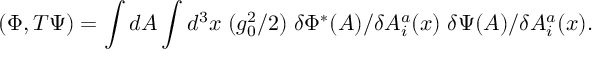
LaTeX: ( \Phi , T \Psi ) = \int d A \int d ^ { 3 } x \; ( g _ { 0 } ^ { 2 } / 2 ) \; \delta \Phi ^ { * } ( A ) / \delta A _ { i } ^ { a } ( x ) \; \delta \Psi ( A ) / \delta A _ { i } ^ { a } ( x ) .